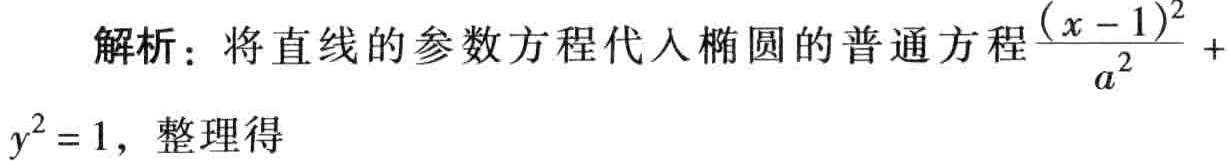
解析：将直线的参数方程代入椭圆的普通方程$\frac{(x - 1)^2}{a^2}+y^2 = 1$，整理得